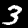
Label: 3